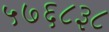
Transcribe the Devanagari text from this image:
५७६८३८